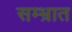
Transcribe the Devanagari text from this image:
सम्भ्रात